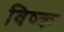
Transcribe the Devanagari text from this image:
विष्क